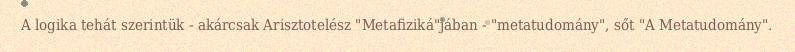
A logika tehát szerintük - akárcsak Arisztotelész "Metafiziká"jában - "metatudomány", sőt "A Metatudomány".